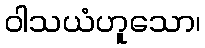
ဝါသယံဟူသော၊